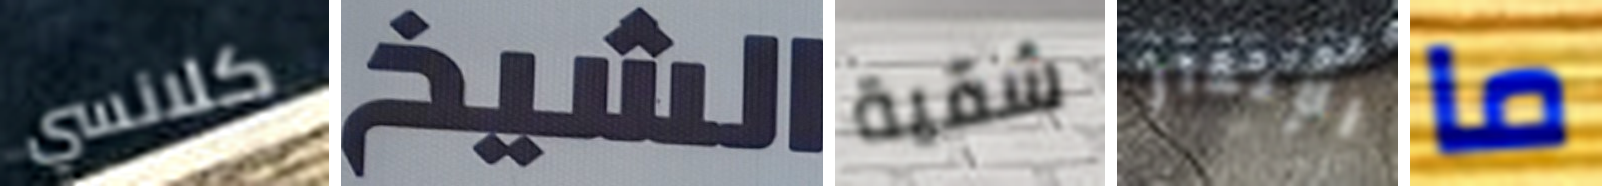
كلانسي الشيخ شقية الإنذار ما